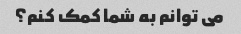
می توانم به شما کمک کنم؟